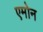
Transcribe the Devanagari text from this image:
एमोन